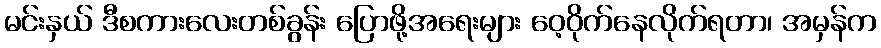
မင်းနှယ် ဒီစကားလေးတစ်ခွန်း ပြောဖို့အရေးများ ဝေ့ဝိုက်နေလိုက်ရတာ၊ အမှန်က